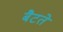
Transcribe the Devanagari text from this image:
बैटते